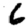
Digit: 6